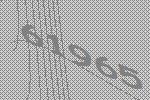
61965